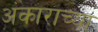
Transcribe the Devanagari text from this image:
अंकाराच्या